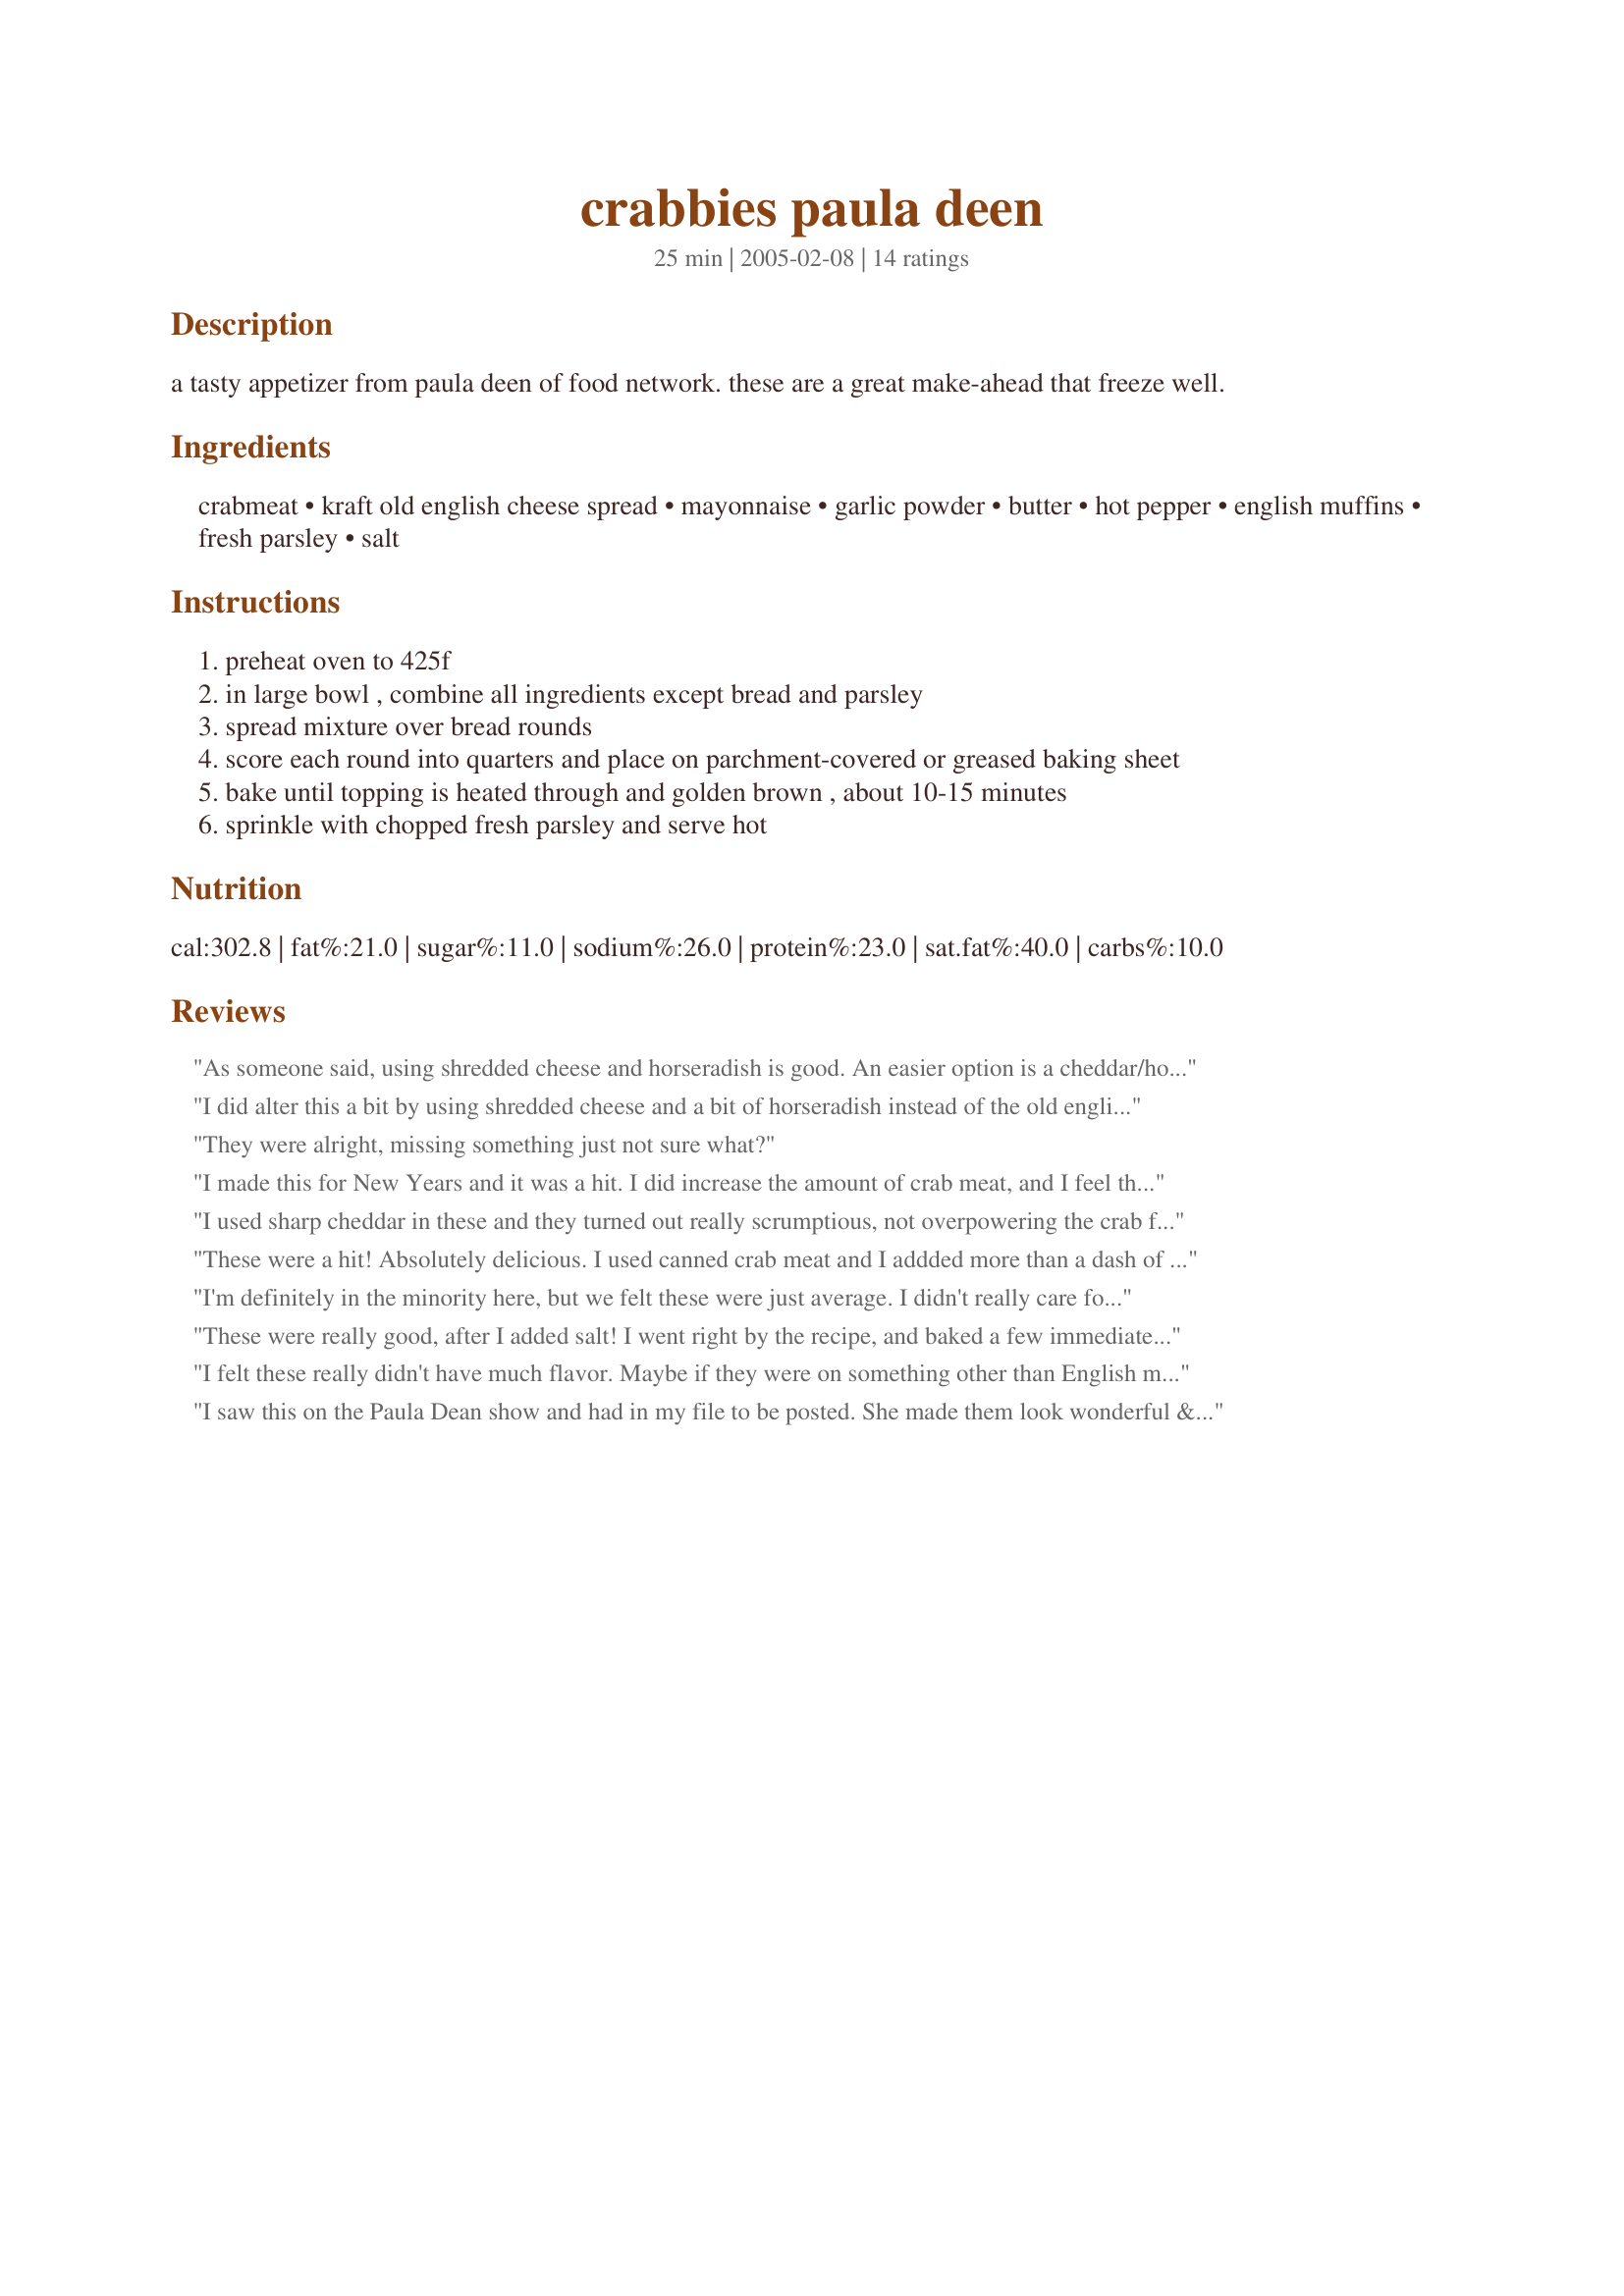
crabbies paula deen
Preparation time: 25 minutes

a tasty appetizer from paula deen of food network. these are a great make-ahead that freeze well.

Ingredients:
crabmeat, kraft old english cheese spread, mayonnaise, garlic powder, butter, hot pepper, english muffins, fresh parsley, salt

Steps:
preheat oven to 425f
in large bowl , combine all ingredients except bread and parsley
spread mixture over bread rounds
score each round into quarters and place on parchment-covered or greased baking sheet
bake until topping is heated through and golden brown , about 10-15 minutes
sprinkle with chopped fresh parsley and serve hot

Reviews:
As someone said, using shredded cheese and horseradish is good. An easier option is a cheddar/horseradish spread. The horseradish definitely gives it a needed zing!
I did alter this a bit by using shredded cheese and a bit of horseradish instead of the old english cheese spread, and I used English muffins instead of other bread. They always turn out great!
They were alright, missing something just not sure what?
I made this for New Years and it was a hit. I did increase the amount of crab meat, and I feel this made it even better!
I used sharp cheddar in these and they turned out really scrumptious, not overpowering the crab flavour.
These were a hit! Absolutely delicious. I used canned crab meat and I addded more than a dash of cajun red spices on the second round. What was so great about these appetizers is that they are better hot, but they are still yummy at room temp. The plate was empty by the time dinner was served.
I'm definitely in the minority here, but we felt these were just average. I didn't really care for the garlic/cheese combo. I had high hopes, maybe a different type of cheese would work better for us as we usually love this sort of appetizer.
These were really good, after I added salt! I went right by the recipe, and baked a few immediately. I didn't really care for them until I figured out they needed some salt. Then they were fine. I froze the rest of them for later. I took them out of the freezer, put them on a pan, added a little salt, and broiled them while frozen. They turned out great. The bottom of the English muffin didn't get as hard as it did when I baked them right after assembling. This is a great make ahead recipe.
I felt these really didn't have much flavor. Maybe if they were on something other than English muffins it would be better. The cheese mixture by itself tasted really good but once it was spread on the bread and heated it lost it's punch.
I saw this on the Paula Dean show and had in my file to be posted. She made them look wonderful & very appetizing. Have not tried this yet but what is not to like about all these great ingredients? I give it 5 stars, anyway. Thanks for sharing. Diane
These turned out wonderful. We really enjoyed them. I sliced and toasted up a baquette bread....will make again for sure
These tasted like I remembered them from family Christmas parties past. You really have to watch them under the broiler, though. They can easily burn if you get distracted. Thank you for posting.
I give this 5 stars if made and eaten "fresh", only 3 stars if frozen. I made these in advance for a weekend with friends. They were delicious right out of the oven, but once they had been frozen and then reheated they just weren't the same. I will definitely make again, but will not freeze.
Absolutely amazing treat! I have used english muffins for the bread. These are wonderful little snacks for any occasion Thanks!
